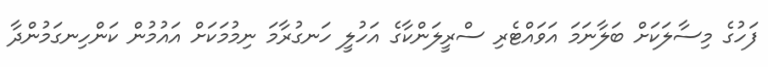
ފަހުގެ މިސާލަކަށް ބަލާނަމަ އަވައްޓެރި ސްރީލަންކާގެ އަހުލީ ހަނގުރާމަ ނިމުމަކަށް އައުމުން ކަންހިނގަމުންދާ